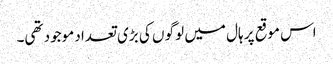
اس موقع پر ہال میں لوگو ں کی بڑی تعداد موجود تھی۔